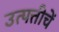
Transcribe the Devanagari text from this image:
उत्पत्तीचें